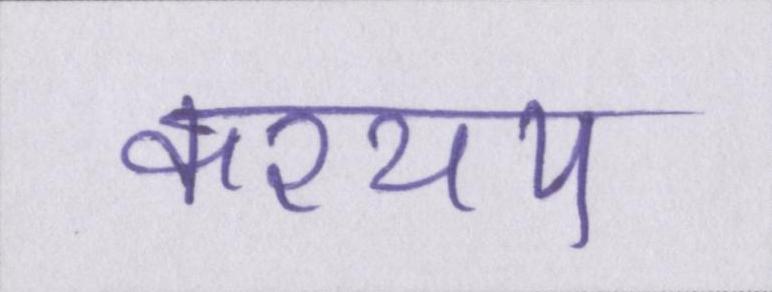
कश्यप